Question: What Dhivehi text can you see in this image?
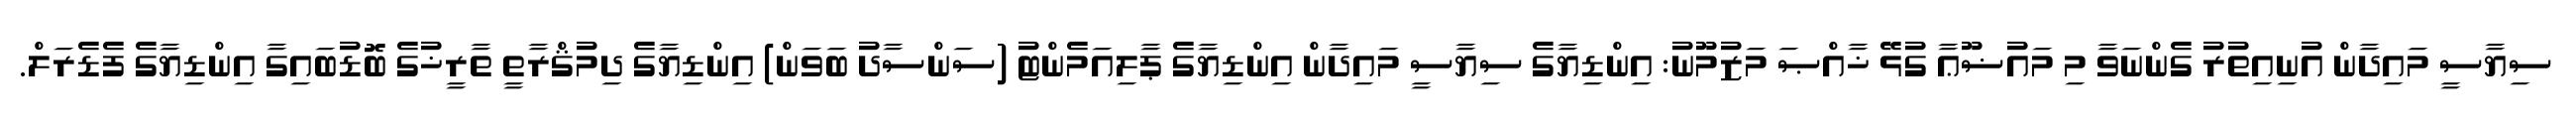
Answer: ސިޔާސީ މައިދާން އުނިއިތުރު ގެންނަވާ މި މައުޟޫޢާ ގުޅޭ ޚާއްޞަ މަޒުމޫނު: އިންޑިޔާގެ ސިޔާސީ މައިދާން އިންޑިޔާގެ ޕާލިއަމެންޓު (ސަންސާދު ބަވަން) އިންޑިޔާގެ ދިމުޤްރާތީ ތާރީޚުގެ ބޮޑުބައިގާ އިންޑިޔާގެ ފެޑެރަލް.